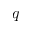
q